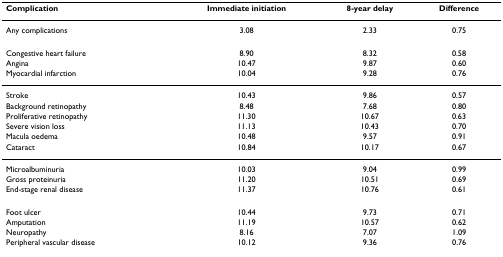
<table><thead><tr><td><b>Complication</b></td><td><b>Immediate initiation</b></td><td><b>8-year delay</b></td><td><b>Difference</b></td></tr></thead><tbody><tr><td>Any complications</td><td>3.08</td><td>2.33</td><td>0.75</td></tr><tr><td>Congestive heart failure</td><td>8.90</td><td>8.32</td><td>0.58</td></tr><tr><td>Angina</td><td>10.47</td><td>9.87</td><td>0.60</td></tr><tr><td>Myocardial infarction</td><td>10.04</td><td>9.28</td><td>0.76</td></tr><tr><td>Stroke</td><td>10.43</td><td>9.86</td><td>0.57</td></tr><tr><td>Background retinopathy</td><td>8.48</td><td>7.68</td><td>0.80</td></tr><tr><td>Proliferative retinopathy</td><td>11.30</td><td>10.67</td><td>0.63</td></tr><tr><td>Severe vision loss</td><td>11.13</td><td>10.43</td><td>0.70</td></tr><tr><td>Macula oedema</td><td>10.48</td><td>9.57</td><td>0.91</td></tr><tr><td>Cataract</td><td>10.84</td><td>10.17</td><td>0.67</td></tr><tr><td>Microalbuminuria</td><td>10.03</td><td>9.04</td><td>0.99</td></tr><tr><td>Gross proteinuria</td><td>11.20</td><td>10.51</td><td>0.69</td></tr><tr><td>End-stage renal disease</td><td>11.37</td><td>10.76</td><td>0.61</td></tr><tr><td>Foot ulcer</td><td>10.44</td><td>9.73</td><td>0.71</td></tr><tr><td>Amputation</td><td>11.19</td><td>10.57</td><td>0.62</td></tr><tr><td>Neuropathy</td><td>8.16</td><td>7.07</td><td>1.09</td></tr><tr><td>Peripheral vascular disease</td><td>10.12</td><td>9.36</td><td>0.76</td></tr></tbody></table>